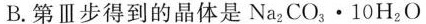
B.第Ⅲ步得到的晶体是 $$N a _ { 2 } C O _ { 3 } · 1 0 H _ { 2 } O$$